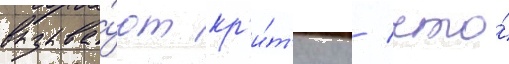
вызыва́ют кр'и́т'ику / что́